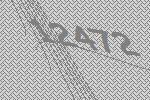
12472